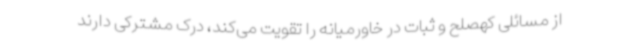
از مسائلی کهصلح و ثبات در خاورمیانه را تقویت می‌کند، درک مشترکی دارند